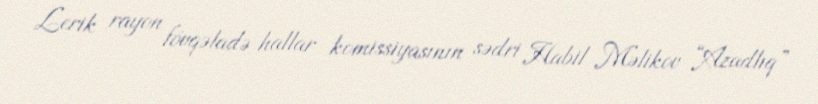
Lerik rayon fövqəladə hallar komissiyasının sədri Habil Məlikov “Azadlıq”